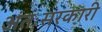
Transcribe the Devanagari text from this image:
अंतःसरकारी